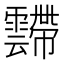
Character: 𱁥